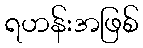
ရဟန်းအဖြစ်